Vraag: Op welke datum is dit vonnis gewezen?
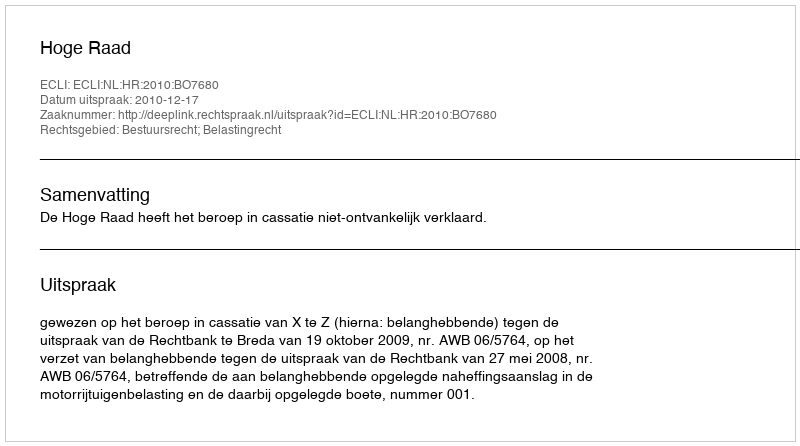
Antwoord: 2010-12-17